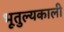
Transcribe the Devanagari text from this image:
भूतुल्यकाली